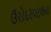
ઉરોદરપટલના